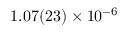
1 . 0 7 ( 2 3 ) \times 1 0 ^ { - 6 }